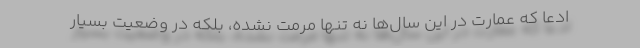
ادعا که عمارت در این سال‌ها نه تنها مرمت نشده، بلکه در وضعیت بسیار